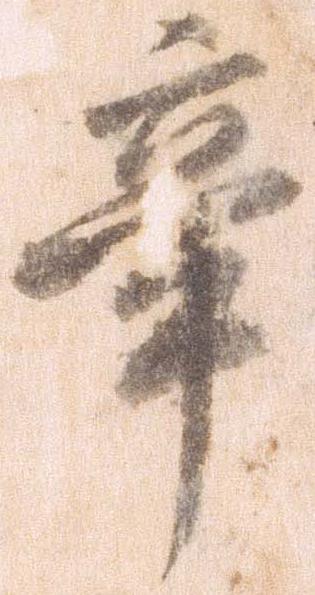
辛